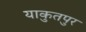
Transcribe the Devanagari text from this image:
याकुतपुर